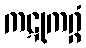
ကဋုကဂ္ဂံ